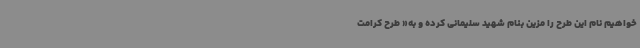
‌خواهیم نام این طرح را مزین بنام شهید سلیمانی کرده و به« طرح کرامت